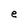
Character: e